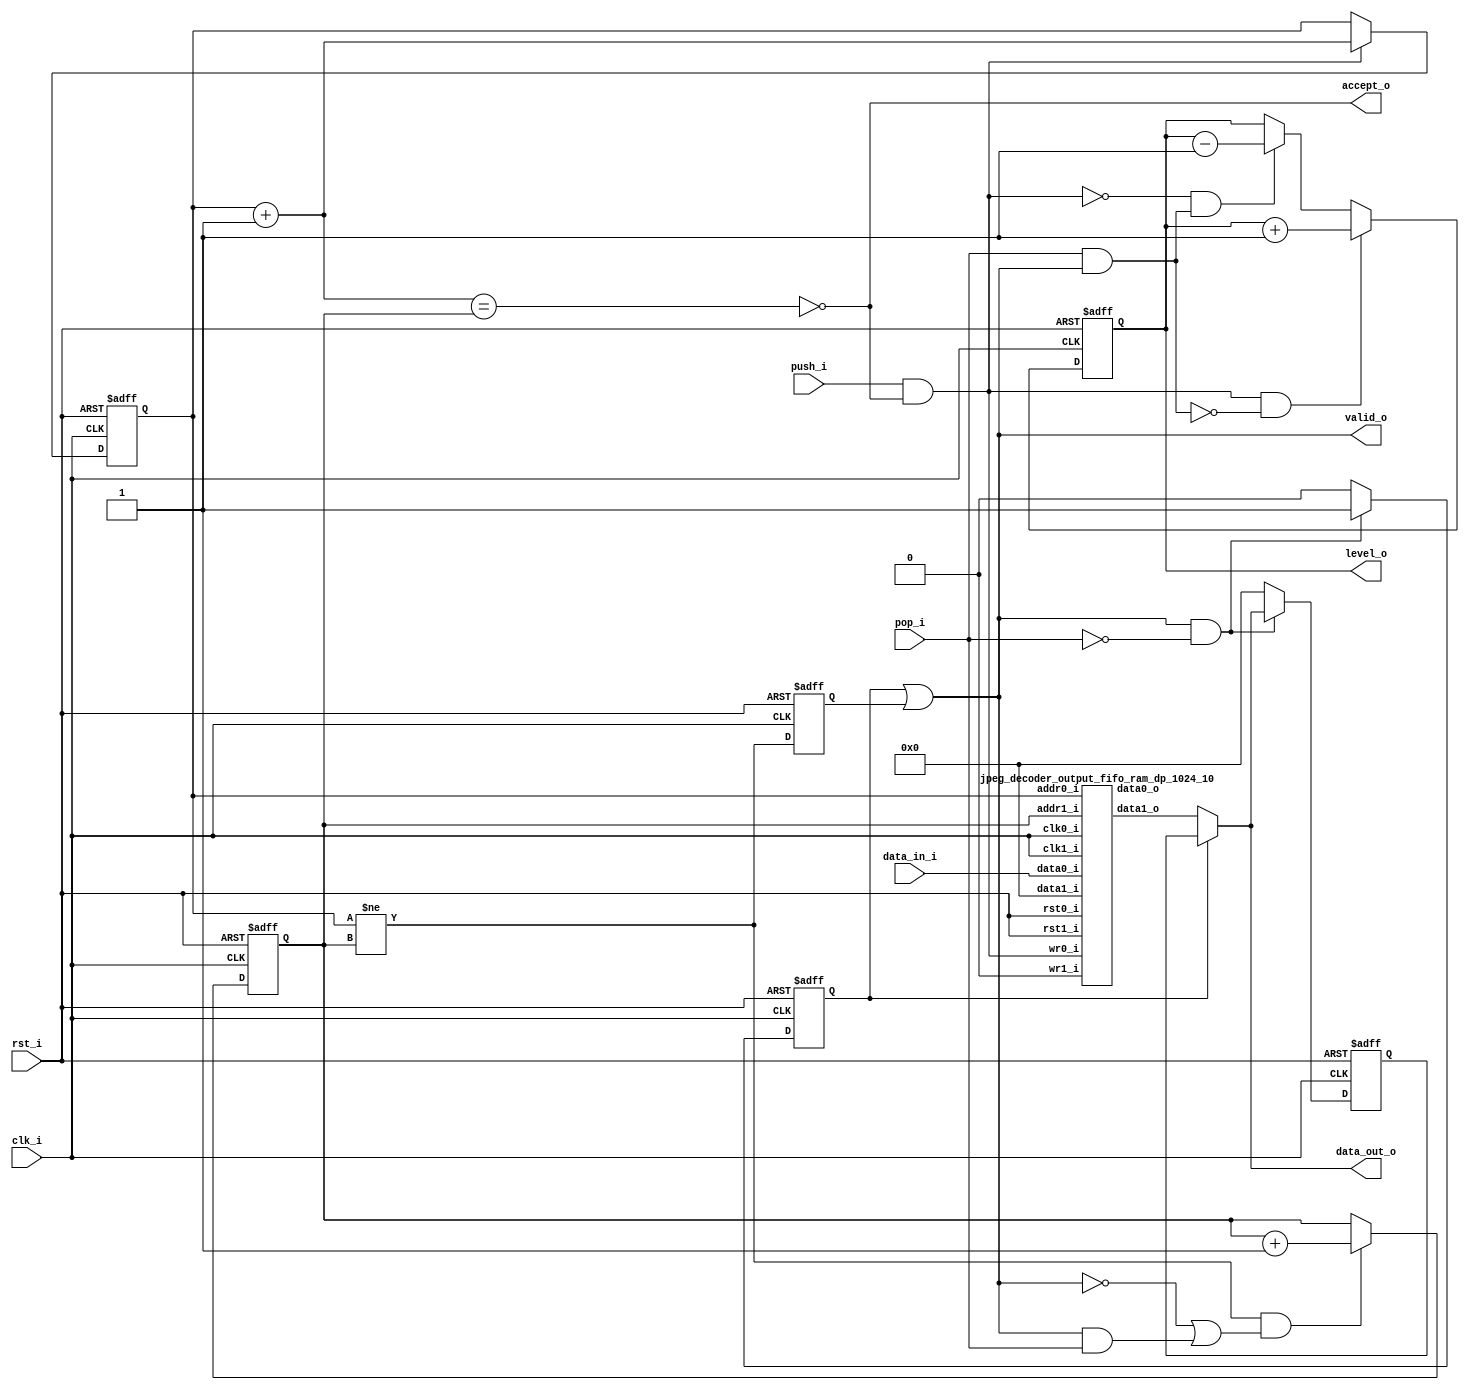
// This program was cloned from: https://github.com/ultraembedded/core_jpeg_decoder
// License: Apache License 2.0

//-----------------------------------------------------------------
//                       AXI-4 JPEG Decoder
//                             V0.2
//                       Ultra-Embedded.com
//                        Copyright 2020
//
//                   admin@ultra-embedded.com
//-----------------------------------------------------------------
//                      License: Apache 2.0
// This IP can be freely used in commercial projects, however you may
// want access to unreleased materials such as verification environments,
// or test vectors, as well as changes to the IP for integration purposes.
// If this is the case, contact the above address.
// I am interested to hear how and where this IP is used, so please get
// in touch!
//-----------------------------------------------------------------
// Copyright 2020 Ultra-Embedded.com
// 
// Licensed under the Apache License, Version 2.0 (the "License");
// you may not use this file except in compliance with the License.
// You may obtain a copy of the License at
// 
//     http://www.apache.org/licenses/LICENSE-2.0
// 
// Unless required by applicable law or agreed to in writing, software
// distributed under the License is distributed on an "AS IS" BASIS,
// WITHOUT WARRANTIES OR CONDITIONS OF ANY KIND, either express or implied.
// See the License for the specific language governing permissions and
// limitations under the License.
//-----------------------------------------------------------------

module jpeg_decoder_output_fifo
(
    // Inputs
     input           clk_i
    ,input           rst_i
    ,input  [ 31:0]  data_in_i
    ,input           push_i
    ,input           pop_i

    // Outputs
    ,output [ 31:0]  data_out_o
    ,output          accept_o
    ,output          valid_o
    ,output [ 10:0]  level_o
);



//-----------------------------------------------------------------
// Registers
//-----------------------------------------------------------------
reg [9:0]   rd_ptr_q;
reg [9:0]   wr_ptr_q;

//-----------------------------------------------------------------
// Write Side
//-----------------------------------------------------------------
wire [9:0] write_next_w = wr_ptr_q + 10'd1;

wire full_w = (write_next_w == rd_ptr_q);

always @ (posedge clk_i or posedge rst_i)
if (rst_i)
    wr_ptr_q <= 10'b0;
// Push
else if (push_i & !full_w)
    wr_ptr_q <= write_next_w;

//-----------------------------------------------------------------
// Read Side
//-----------------------------------------------------------------
wire read_ok_w = (wr_ptr_q != rd_ptr_q);
reg  rd_q;

always @ (posedge clk_i or posedge rst_i)
if (rst_i)
    rd_q <= 1'b0;
else
    rd_q <= read_ok_w;

always @ (posedge clk_i or posedge rst_i)
if (rst_i)
    rd_ptr_q     <= 10'b0;
// Read address increment
else if (read_ok_w && ((!valid_o) || (valid_o && pop_i)))
    rd_ptr_q <= rd_ptr_q + 10'd1;

//-------------------------------------------------------------------
// Read Skid Buffer
//-------------------------------------------------------------------
reg                rd_skid_q;
reg [31:0] rd_skid_data_q;

always @ (posedge clk_i or posedge rst_i)
if (rst_i)
begin
    rd_skid_q <= 1'b0;
    rd_skid_data_q <= 32'b0;
end
else if (valid_o && !pop_i)
begin
    rd_skid_q      <= 1'b1;
    rd_skid_data_q <= data_out_o;
end
else
begin
    rd_skid_q      <= 1'b0;
    rd_skid_data_q <= 32'b0;
end

//-------------------------------------------------------------------
// Combinatorial
//-------------------------------------------------------------------
assign valid_o       = rd_skid_q | rd_q;
assign accept_o      = !full_w;

//-------------------------------------------------------------------
// Dual port RAM
//-------------------------------------------------------------------
wire [31:0] data_out_w;

jpeg_decoder_output_fifo_ram_dp_1024_10
u_ram
(
    // Inputs
    .clk0_i(clk_i),
    .rst0_i(rst_i),
    .clk1_i(clk_i),
    .rst1_i(rst_i),

    // Write side
    .addr0_i(wr_ptr_q),
    .wr0_i(push_i & accept_o),
    .data0_i(data_in_i),
    .data0_o(),

    // Read side
    .addr1_i(rd_ptr_q),
    .data1_i(32'b0),
    .wr1_i(1'b0),
    .data1_o(data_out_w)
);

assign data_out_o = rd_skid_q ? rd_skid_data_q : data_out_w;


//-------------------------------------------------------------------
// Level
//-------------------------------------------------------------------
reg [10:0]  count_q;

always @ (posedge clk_i or posedge rst_i)
if (rst_i)
    count_q   <= 11'b0;
// Count up
else if ((push_i & accept_o) & ~(pop_i & valid_o))
    count_q <= count_q + 11'd1;
// Count down
else if (~(push_i & accept_o) & (pop_i & valid_o))
    count_q <= count_q - 11'd1;

assign level_o = count_q;

endmodule

//-------------------------------------------------------------------
// Dual port RAM
//-------------------------------------------------------------------
module jpeg_decoder_output_fifo_ram_dp_1024_10
(
    // Inputs
     input           clk0_i
    ,input           rst0_i
    ,input  [ 9:0]  addr0_i
    ,input  [ 31:0]  data0_i
    ,input           wr0_i
    ,input           clk1_i
    ,input           rst1_i
    ,input  [ 9:0]  addr1_i
    ,input  [ 31:0]  data1_i
    ,input           wr1_i

    // Outputs
    ,output [ 31:0]  data0_o
    ,output [ 31:0]  data1_o
);

/* verilator lint_off MULTIDRIVEN */
reg [31:0]   ram [1023:0] /*verilator public*/;
/* verilator lint_on MULTIDRIVEN */

reg [31:0] ram_read0_q;
reg [31:0] ram_read1_q;

// Synchronous write
always @ (posedge clk0_i)
begin
    if (wr0_i)
        ram[addr0_i] <= data0_i;

    ram_read0_q <= ram[addr0_i];
end

always @ (posedge clk1_i)
begin
    if (wr1_i)
        ram[addr1_i] <= data1_i;

    ram_read1_q <= ram[addr1_i];
end

assign data0_o = ram_read0_q;
assign data1_o = ram_read1_q;



endmodule